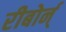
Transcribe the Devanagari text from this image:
रीबोर्न्